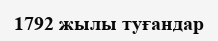
1792 жылы туғандар